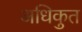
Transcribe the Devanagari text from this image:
अधिकुत